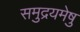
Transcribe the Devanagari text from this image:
समुद्रयमेषु